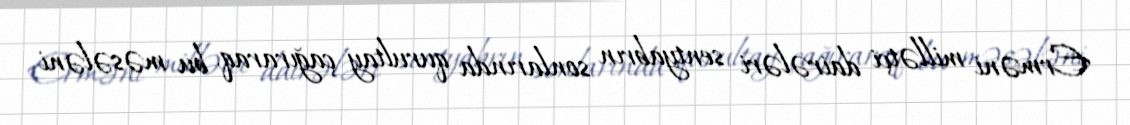
Erməni millətçi dairələri sentyabrın sonlarında qurultay çağıraraq, bu məsələni